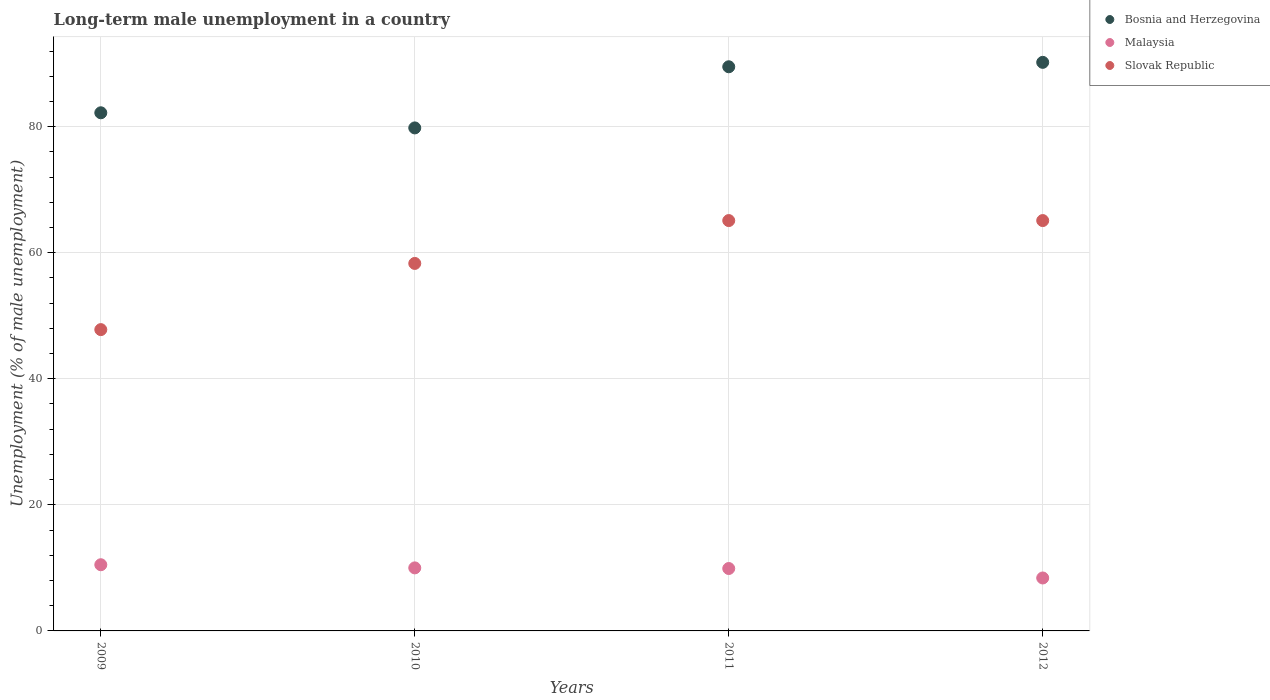
| Years | Bosnia and Herzegovina | Malaysia | Slovak Republic |
 | --- | --- | --- | --- |
 | 2009 | 82.2 | 10.5 | 47.8 |
 | 2010 | 79.8 | 10 | 58.3 |
 | 2011 | 89.5 | 9.9 | 65.1 |
 | 2012 | 90.2 | 8.4 | 65.1 |